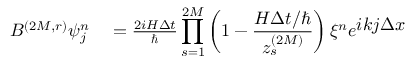
\begin{array} { r l } { B ^ { ( 2 M , r ) } \psi _ { j } ^ { n } } & { { } = \frac { 2 i H \Delta t } { \hbar } \displaystyle \prod _ { s = 1 } ^ { 2 M } \left( 1 - \frac { H \Delta t / \hbar } { z _ { s } ^ { ( 2 M ) } } \right) \xi ^ { n } e ^ { \textstyle i k j \Delta x } } \end{array}